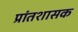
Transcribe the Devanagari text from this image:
प्रांतशासक